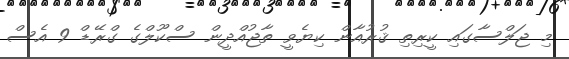
މި ޖަލްސާގައި ކީރިތި ޤުރުއާން ކިޔެވީ ތާޖުއްދީން ސްކޫލްގެ ގްރޭޑް 9 އެސް